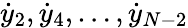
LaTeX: {\dot{y}}_{2},{\dot{y}}_{4},\dots,{\dot{y}}_{N-2}